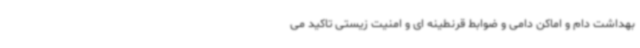
بهداشت دام و اماکن دامی و ضوابط قرنطینه ای و امنیت زیستی تاکید می